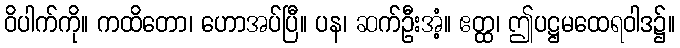
ဝိပါက်ကို။ ကထိတော၊ ဟောအပ်ပြီ။ ပန၊ ဆက်ဦးအံ့။ ဧတ္ထ၊ ဤပဋ္ဌမထေရဝါဒ၌။